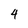
Character: 4